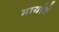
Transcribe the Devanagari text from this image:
मायांचे